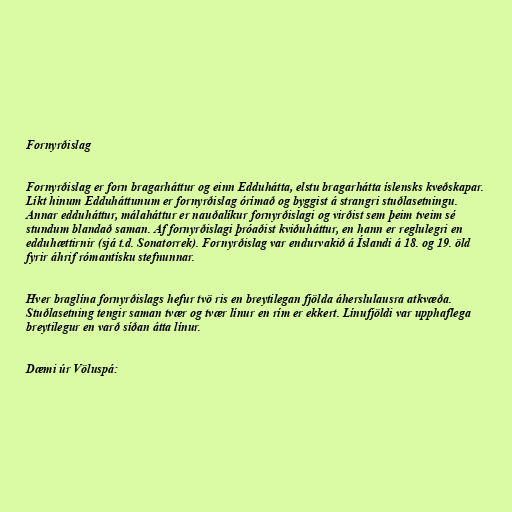
Fornyrðislag

Fornyrðislag er forn bragarháttur og einn Edduhátta, elstu bragarhátta íslensks kveðskapar.
Líkt hinum Edduháttunum er fornyrðislag órímað og byggist á strangri stuðlasetningu.
Annar edduháttur, málaháttur er nauðalíkur fornyrðislagi og virðist sem þeim tveim sé
stundum blandað saman. Af fornyrðislagi þróaðist kviðuháttur, en hann er reglulegri en
edduhættirnir (sjá t.d. Sonatorrek). Fornyrðislag var endurvakið á Íslandi á 18. og 19. öld
fyrir áhrif rómantísku stefnunnar.

Hver braglína fornyrðislags hefur tvö ris en breytilegan fjölda áherslulausra atkvæða.
Stuðlasetning tengir saman tvær og tvær línur en rím er ekkert. Línufjöldi var upphaflega
breytilegur en varð síðan átta línur.

Dæmi úr Völuspá: